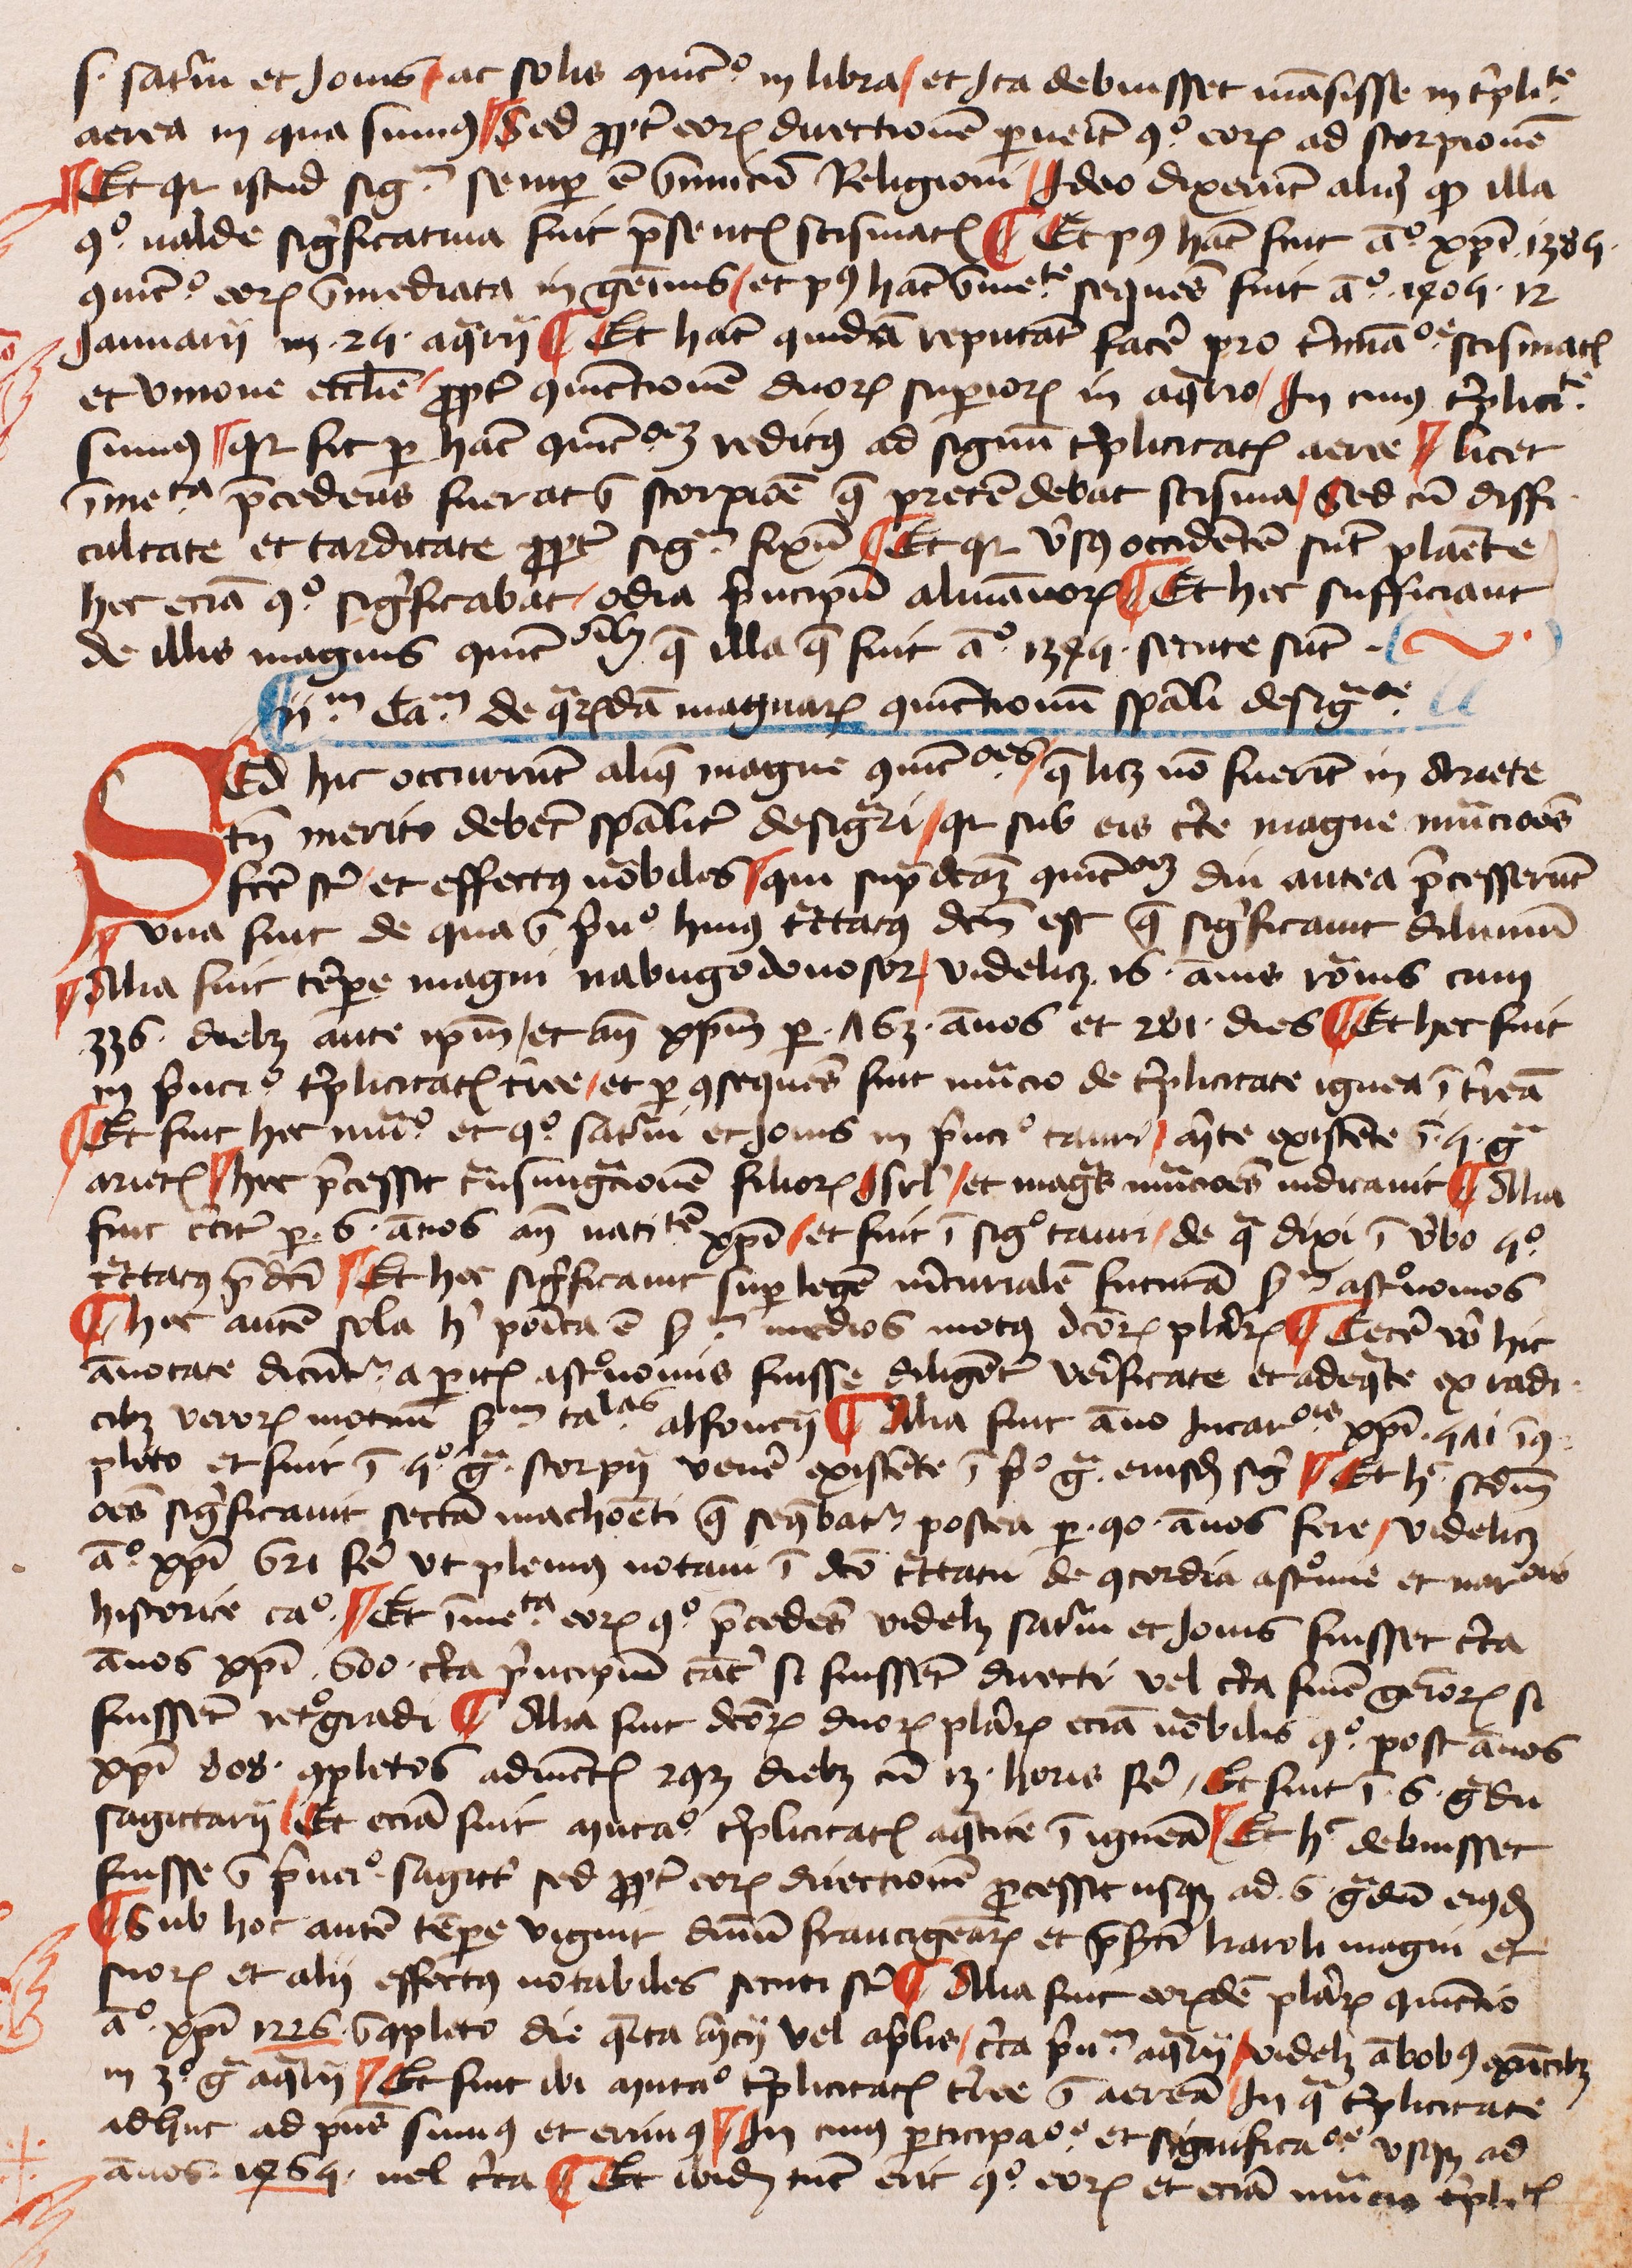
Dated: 1425–1449